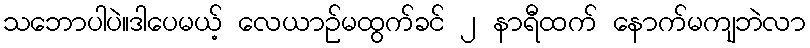
သဘောပါပဲ။ဒါပေမယ့် လေယာဉ်မထွက်ခင် ၂ နာရီထက် နောက်မကျဘဲလာ